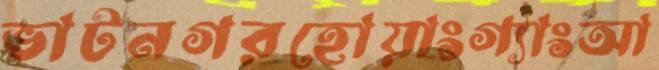
ভাটনগরহোয়াংগ্যাংআ